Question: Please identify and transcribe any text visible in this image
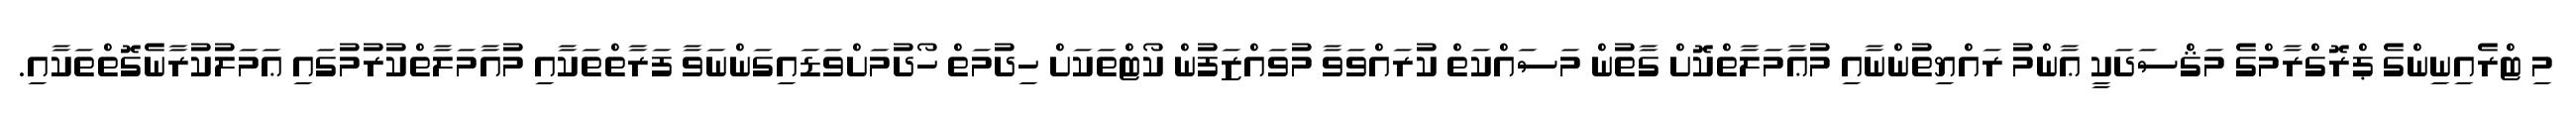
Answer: މި ޓްރެއިނިންގެ ޕްރޮގްރާމްގެ މަޤްސަދަކީ ޢާންމު ރައްޔިތުންނާއި މުޢާމަލާތްކޮށް ގާތުން މަސައްކަތް ކުރައްވަވާ މުވައްޒަފުން ކޯޓްތަކަށް ހިދުމަތް ހޯދުމަށްވަޑައިގަންނަވާ ފަރާތްތަކާއި މުއާމަލާތްކުރުމުގައި ޢަމަލުކުރާނެގޮތްތަކާއި.